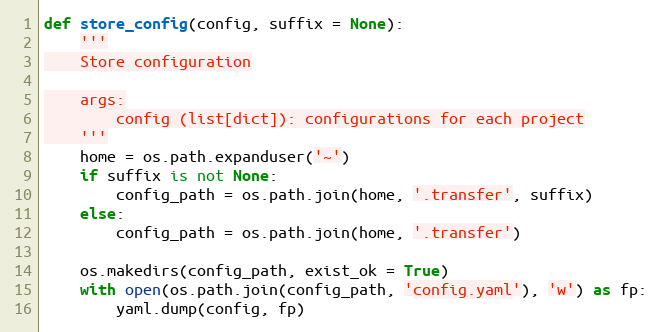
Language: Python
def store_config(config, suffix = None):
    '''
    Store configuration

    args:
        config (list[dict]): configurations for each project
    '''
    home = os.path.expanduser('~')
    if suffix is not None:
        config_path = os.path.join(home, '.transfer', suffix)
    else:
        config_path = os.path.join(home, '.transfer')

    os.makedirs(config_path, exist_ok = True)
    with open(os.path.join(config_path, 'config.yaml'), 'w') as fp:
        yaml.dump(config, fp)